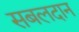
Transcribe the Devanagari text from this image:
सबलदान